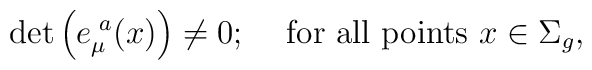
{\rm det} \left(e_{\mu}^{\,\,a}(x)\right) \neq 0; \,\,\,\,\,  \mbox{ for all points } x\in \Sigma_{g},